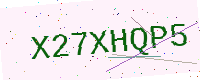
Text: X27XHQP5